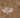
فإما